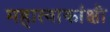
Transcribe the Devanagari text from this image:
महात्वाकांक्षी